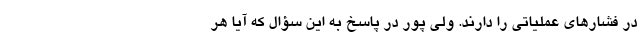
در فشارهای عملیاتی را دارند. ولی پور در پاسخ به این سؤال که آیا هر